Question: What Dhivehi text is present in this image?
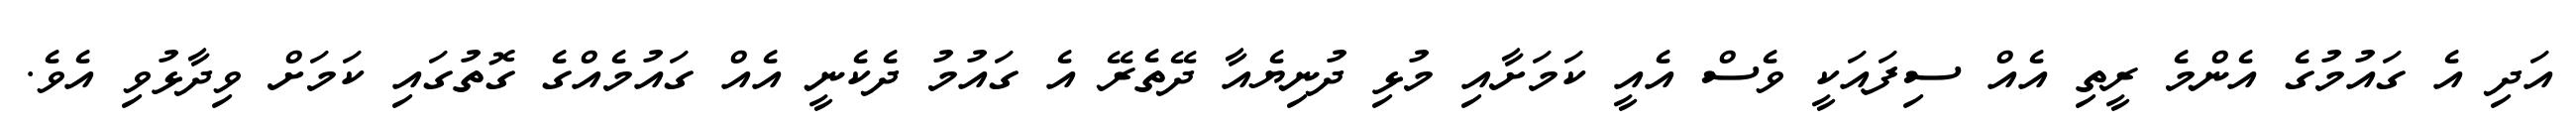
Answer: އަދި އެ ގައުމުގެ އެންމެ ރީތި އެއް ސިފައަކީ ވެސް އެއީ ކަމަށާއި މުޅި ދުނިޔެއާ ދޭތެރޭ އެ ގައުމު ދެކެނީ އެއް ގައުމެއްގެ ގޮތުގައި ކަމަށް ވިދާޅުވި އެވެ.